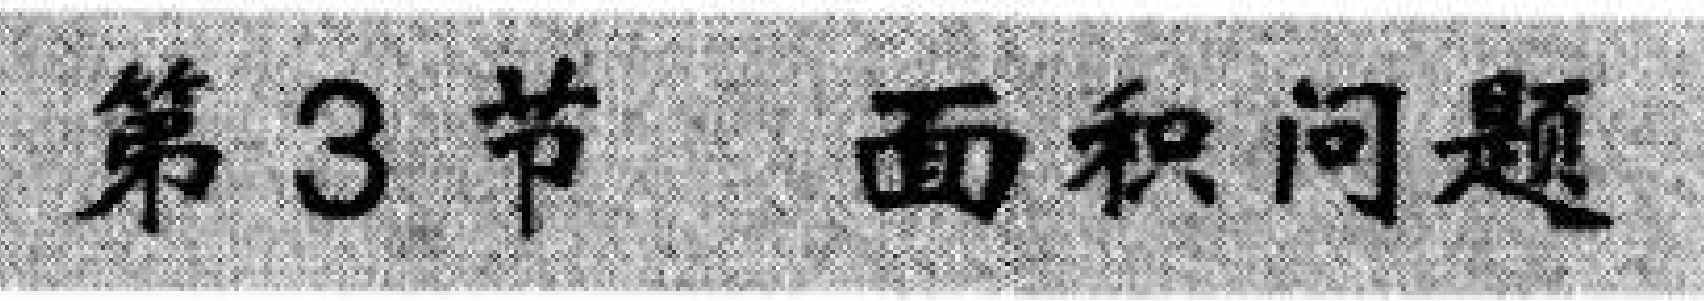
第3节 面积问题